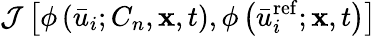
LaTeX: {\mathcal{J}\left[{\phi\left({{{\bar{{u}}}_{i}};{C_{n}},{\mathbf{{x}}},t}\right),\phi\left({\bar{{u}}_{i}^{\mathrm{{{ref}}}};{\mathbf{{x}}},t}\right)}\right]}